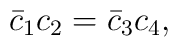
\bar{c}_{1}c_{2}=\bar{c}_{3}c_{4},